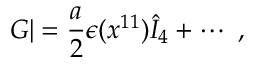
G | = { \frac { a } { 2 } } \epsilon ( x ^ { 1 1 } ) { \hat { I } } _ { 4 } + \cdots \ ,